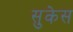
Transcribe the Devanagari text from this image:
सुकेस